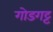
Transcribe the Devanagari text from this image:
गोडगट्ट